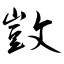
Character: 敳